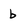
Character: b